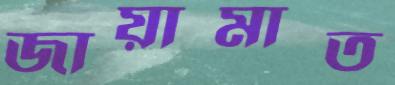
জায়ামাত